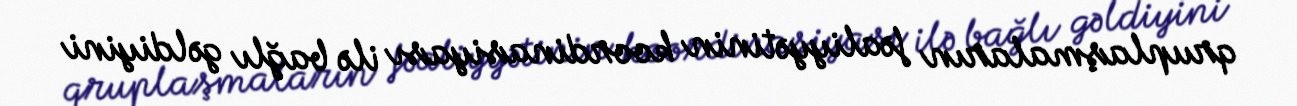
qruplaşmaların fəaliyyətinin koordinasiyası ilə bağlı gəldiyini